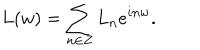
L ( w ) = \sum _ { n \in Z } L _ { n } e ^ { i n w } .